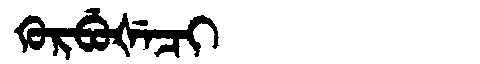
Manchu: ᡴᡠᡵᠪᡠᡧᡝᠴᡳ
Romanization: KURBUŠECI